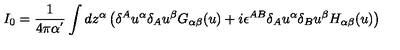
I _ { 0 } = \frac 1 { 4 \pi \alpha ^ { ^ { \prime } } } \int d z ^ { \alpha } \left( \delta ^ { A } u ^ { \alpha } \delta _ { A } u ^ { \beta } G _ { \alpha \beta } ( u ) + i \epsilon ^ { A B } \delta _ { A } u ^ { \alpha } \delta _ { B } u ^ { \beta } H _ { \alpha \beta } ( u ) \right)